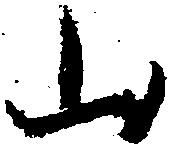
山